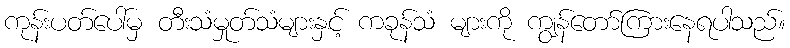
ကုန်းပတ်ပေါ်မှ တီးသံမှုတ်သံများနှင့် ကခုန်သံ များကို ကျွန်တော်ကြားနေရပါသည်။